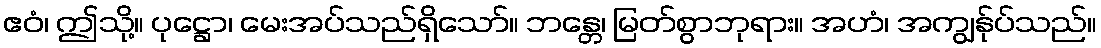
ဧဝံ၊ ဤသို့။ ပုဋ္ဌော၊ မေးအပ်သည်ရှိသော်။ ဘန္တေ၊ မြတ်စွာဘုရား။ အဟံ၊ အကျွန်ုပ်သည်။